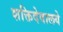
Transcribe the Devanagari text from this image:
शक्तिदेवालये